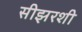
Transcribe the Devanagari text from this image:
सीझरशी